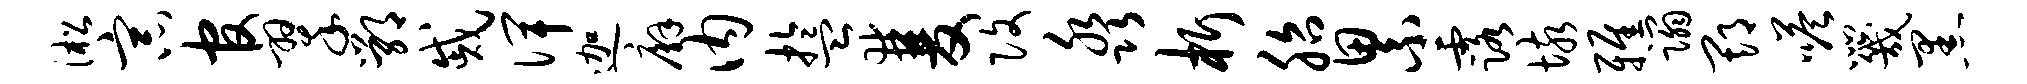
淞宗官翠鄂戚俾迦廨内盂双改淼析胎累露垓雅蹋期嗒咒黑